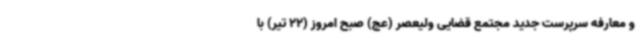
و معارفه سرپرست جدید مجتمع قضایی ولیعصر (عج) صبح امروز (22 تیر) با